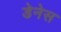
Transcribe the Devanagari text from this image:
डेनेस